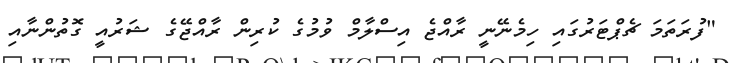
"ފުރަތަމަ ޗެޕްޓަރުގައި ހިމެނޭނީ ރާއްޖެ އިސްލާމް ވުމުގެ ކުރިން ރާއްޖޭގެ ޝަރުއީ ގޮތުންނާއި